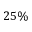
2 5 \%